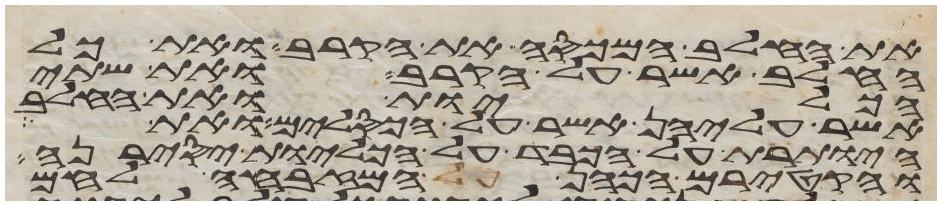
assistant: את החלב המכסה את הקרב ואת כל
החלב אשר על הקרב ואת שתי
הכליות ואת החלב
אשר עליהן אשר על הכסלים ואת
היותרת על הכבד על הכליות יסירנה
והקטירם הכהן המזבחה לחם